Annual report on the working of the mental hospitals in the Madras Presidency - 1912-1932
Year: 1912
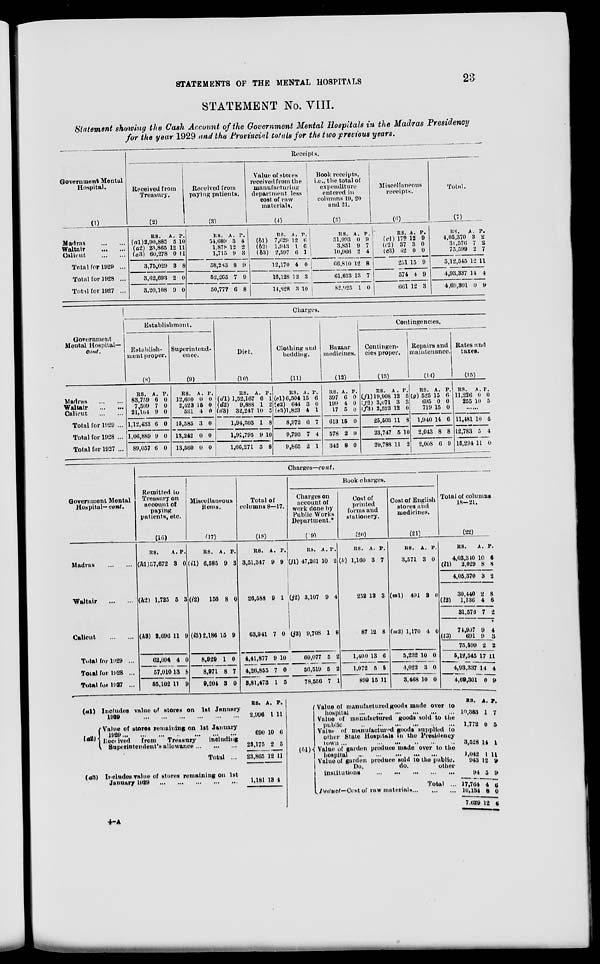
STATEMENTS OF THE MENTAL HOSPITALS
23
STATEMENT No. VIII.
Statement showing the Cash Account of the Government Mental Hospitals in the Madras Presidency
for the year 1929 and the Provincial totals for the two previous years.
Government Mental
Hospital.
(1)
Madras
...
...
Waltair
...
...
Calicut
...
...
Total for 1929 ...
Total for 1928 ...
Total for 1927 ...
Receipts.
Received from
Treasury.
(2)
RS.
(a1) 2,90,885
(a2) 23,865
(a3) 60,278
3,75,029
3,62,693
3,20,108
A.
5
12
0
3
2
9
P.
10
11
11
8
0
0
Received from
paying patients.
(3)
RS.
54,689
1,878
1,715
58,283
52,265
50,777
A.
3
12
9
8
7
6
P.
4
2
3
9
9
8
Value of stores
received from the
manufacturing
department less
cost of raw
materials.
(4)
RS.
(b1) 7,629
(b2)
1,943
(b3) 2,597
12,170
16,128
14,828
A.
12
1
6
4
12
3
P.
6
6
1
0
3
10
Book receipts,
i.e., the total of
expenditure
entered in
columns 19, 20
and 21.
(5)
RS.
51,993
3,851
10,966
66,810
61,613
82,925
A.
0
9
2
12
13
1
P.
9
7
4
8
7
0
Miscellaneous
receipts.
(6)
RS.
(c1) 179
(c2) 37
(c3) 42
251
574
661
A.
12
3
0
15
4
12
P.
9
0
0
9
9
3
Total.
(7)
RS.
4,05,370
31,576
75,599
5,12,545
4,93,337
4,69,301
A.
3
7
2
12
14
0
P.
2
2
7
11
4
9
Government
Mental Hospital—
cont.
Madras
...
...
Waltair
...
...
Calicut
...
...
Total for 1929 ...
Total for 1928 ...
Total for 1927 ...
Charges.
Establishment.
Establish-
ment proper.
(8)
RS.
83,759
7,509
21,164
1,12,433
1,06,889
89,057
A.
6
7
9
6
9
6
P.
0
0
0
0
0
0
Superintend-
ence.
(9)
RS.
12,600
2,423
561
15,585
13,242
13,560
A.
0
15
4
3
0
0
P.
0
0
0
0
0
0
Diet.
(10)
RS.
(d1) 1,52,167
(d2)
9,888
(d3)
32,247
1,94,303
1,91,795
1,66,271
A.
6
1
10
1
9
5
P.
1
2
5
8
10
8
Clothing and
bedding.
(11)
RS.
(e1) 6,504
(e2) 644
(e3)l,823
8,972
9,793
9,865
A.
15
3
4
6
7
2
P.
6
0
1
7
4
1
Bazaar
medicines.
(12)
RS.
397
199
17
613
578
342
A.
6
4
5
15
2
8
P.
0
0
0
0
9
0
Contingencies.
Contingen-
cies proper.
(13)
RS.
(f1) 19,908
(f2) 3,071
(f3) 2,523
25,503
23,747
20,788
A.
12
3
12
11
5
11
P.
5
3
0
8
10
2
Repairs and
maintenance.
(14)
RS.
(g) 525
695
719
1,940
2,043
2,008
A.
15
0
15
14
8
6
P.
6
0
0
6
8
9
Rates and
taxes.
(15)
RS.
11,226
255
A.
0
10
P.
0
5
......
11,481
12,783
15,294
10
5
11
5
4
0
Government Mental
Hospital— cont.
Madras
...
...
Waltair
...
...
Calicut
...
...
Total for 1929 ...
Total for 1928 ...
Total for 1927 ...
Charges—cont.
Remitted to
Treasury on
account of
paying
patients, etc.
(16)
RS.
(h1)57,672
A.
3
P.
0
(h2) 1,725 5 3
(h3) 2,696 11 9
62,094
57,010
55,102
4
13
11
0
8
9
Miscellaneous
items.
(17)
RS.
(i1) 6,585
A.
9
P.
3
(i2)
156 8 0
(i3) 2,186 15 9
8,929
8,971
9,204
1
8
3
0
7
0
Total of
columns 8—17.
(18)
RS.
3,51,347
A.
9
P.
9
26,588 9 1
63,941 7 0
4,41,877
4,26,855
3,81,473
9
7
1
10
0
5
Book charges.
Charges on
account of
work done by
Public Works
Department.*
(19)
RS.
(j1) 47,261
A.
10
P.
2
(j2) 3,107 9 4
(j3) 9,708 1 8
60,077
56,519
78,556
5
5
7
2
2
1
Cost of
printed
forms and
stationery.
(20)
RS.
(k) 1,160
A.
3
P.
7
252 13 3
87 12 8
1,400
1,072
899
13
5
15
6
5
11
Cost of English
stores and
medicines.
(21)
RS.
3,571
A.
3
P.
0
(m1)
491 3 0
(m2) 1,170 4 0
5,232
4,022
3,468
10
3
10
0
0
0
Total of columns
18—21.
(22)
RS.
4,03,340
(l1) 2,029
4,05,370
30,440
(l2)
1,136
31,576
74,907
(l3)
691
75,599
5,12,545
4,93,337
4,69,301
A.
10
8
3
2
4
7
9
9
2
17
14
0
P.
6
8
2
8
6
2
4
3
2
11
4
9
(a1)
(a2)
(a3)
Includes value of stores on 1st January
1929
...
...
...
...
...
...
Value of stores remaining on 1st January
1929
...
...
...
...
...
...
Received
from
Treasury
including
Superintendent's allowance ... ... ...
Total ...
Includes value of stores remaining on 1st
January 1929
...
...
...
...
...
RS.
2,996
690
23,175
23,865
1,181
A.
1
10
2
12
13
P.
11
6
5
11
4
(b1)
Value of manufactured goods made over to
hospital
...
...
...
...
...
...
Value of manufactured goods sold to the
public
...
...
...
...
...
...
Value of manufactured goods supplied to
other State Hospitals in the Presidency
town...
...
...
...
...
...
Value of garden produce made over to the
hospital ... ... ... ... ... ...
Value of garden produce sold to the public.
Do.
do.
other
institutions
...
...
...
...
...
Total ...
Deduct—Cost
of raw materials
...
...
...
RS.
10,383
1,772
3,528
1 ,042
943
94
17,764
10,134
7,629
A.
1
0
14
1
12
5
4
8
12
P.
7
5
1
11
9
9
6
0
6
4-A